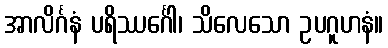
အာလိင်္ဂနံ ပရိဿင်္ဂေါ၊ သိလေသော ဥပဂူဟနံ။